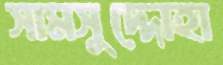
সামসুদ্দোহা